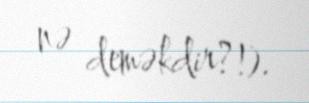
nə deməkdir?!).